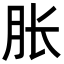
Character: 胀